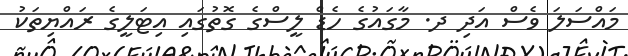
މައްސަލަ ވެސް އަދި ދ. މާގައުގެ ހެޑް ލީސްގެ ގޮތުގައި އިޓަލީގެ ރައްޔިތަކު